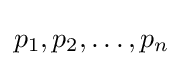
p_{1},p_{2},\dots ,p_{n}